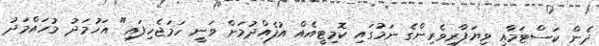
ދެން ކަސްޓަމާއި ވިޔަފާރިވެރިންގެ ނަމުގައި ކޮމިޓީއެއް އުފެއްދުމަށް ވަނީ ހަމަޖެހިފައި" އަހުމަދު މުހައްމަދު